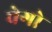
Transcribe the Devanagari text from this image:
चेगो